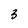
Character: 3